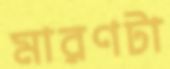
মারণটা